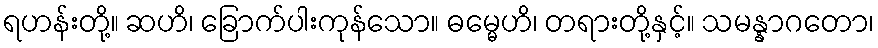
ရဟန်းတို့။ ဆဟိ၊ ခြောက်ပါးကုန်သော။ ဓမ္မေဟိ၊ တရားတို့နှင့်။ သမန္နာဂတော၊